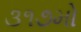
૩૧૭મો